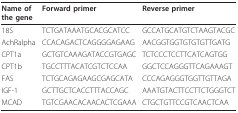
<table><thead><tr><td><b>Name of the gene</b></td><td><b>Forward primer</b></td><td><b>Reverse primer</b></td></tr></thead><tbody><tr><td>18S</td><td>TCTGATAAATGCACGCATCC</td><td>GCCATGCATGTCTAAGTACGC</td></tr><tr><td>AchRalpha</td><td>CCACAGACTCAGGGGAGAAG</td><td>AACGGTGGTGTGTGTTGATG</td></tr><tr><td>CPT1a</td><td>GCTGTCAAAGATACCGTGAGC</td><td>TCTCCCTCCTTCATCAGTGG</td></tr><tr><td>CPT1b</td><td>TGCCTTTACATCGTCTCCAA</td><td>GGCTCCAGGGTTCAGAAAGT</td></tr><tr><td>FAS</td><td>TCTGCAGAGAAGCGAGCATA</td><td>CCCAGAGGGTGGTTGTTAGA</td></tr><tr><td>IGF-1</td><td>GCTTGCTCACCTTTACCAGC</td><td>AAATGTACTTCCTTCTGGGTCT</td></tr><tr><td>MCAD</td><td>TGTCGAACACAACACTCGAAA</td><td>CTGCTGTTCCGTCAACTCAA</td></tr></tbody></table>